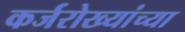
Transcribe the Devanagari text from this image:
कर्जरोख्यांच्या